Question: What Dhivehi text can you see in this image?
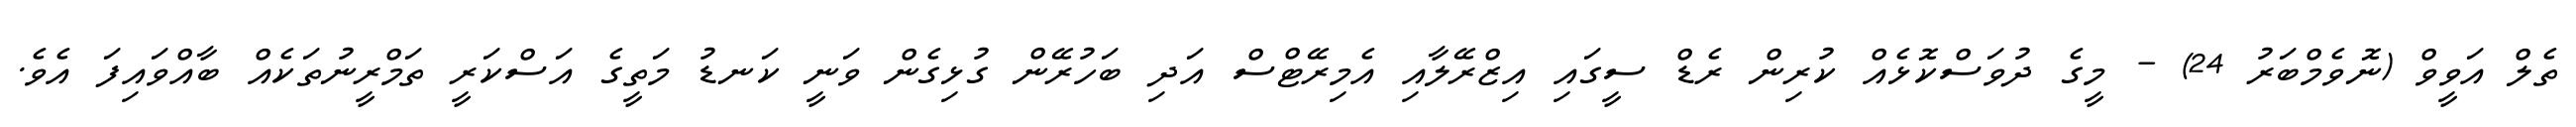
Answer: ތެލް އަވީވް (ނޮވެމްބަރު 24) - މީގެ ދުވަސްކޮޅެއް ކުރިން ރެޑް ސީގައި އިޒްރޭލާއި އެމިރޭޓްސް އަދި ބަހުރޭން ގުޅިގެން ވަނީ ކަނޑު މަތީގެ އަސްކަރީ ތަމްރީނުތަކެއް ބާއްވައިފަ އެވެ.